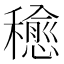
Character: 𥣒